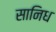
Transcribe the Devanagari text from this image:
सानिध